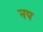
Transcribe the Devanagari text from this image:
नप